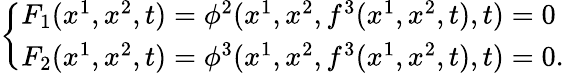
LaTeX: \left\{ \begin{array}{l}{{F_{1}(x^{1},x^{2},t)=\phi^{2}(x^{1},x^{2},f^{3}(x^{1},x^{2},t),t)=0}}\\ {{F_{2}(x^{1},x^{2},t)=\phi^{3}(x^{1},x^{2},f^{3}(x^{1},x^{2},t),t)=0.}}\end{array}\right.